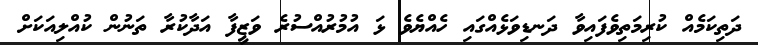
ދަތިކަމެއް ކުރިމަތިވެފައިވާ ދަނޑިވަޅެއްގައި ހެއްޔެވެ ޅަ އުމުރުއްސުރެ ވަޒީފާ އަދާކުރާ ތަނުން ކުއްލިއަކަށް